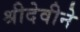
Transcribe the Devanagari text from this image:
श्रीदेवीने